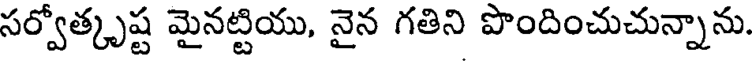
సర్వోత్కృష్ట మైనట్టియు, నైన గతిని పొందించుచున్నాను.